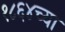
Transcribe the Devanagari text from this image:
१८६४च्या